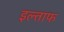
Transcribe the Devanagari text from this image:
इल्ताफ